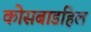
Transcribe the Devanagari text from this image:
कोसबाडहिल